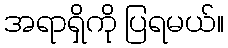
အရာရှိကို ပြရမယ်။